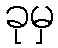
ခုမှ